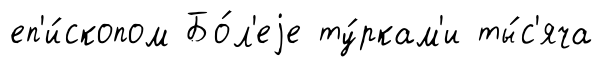
еп'и́скопом Бо́л'еjе ту́ркам'и ты́с'яча